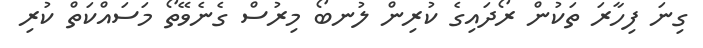
ގިނަ ފިހާރަ ތަކުން ރޯދައިގެ ކުރިން ލުނބޯ މިރުސް ގެނެވޭތޯ މަސައްކަތް ކުރި